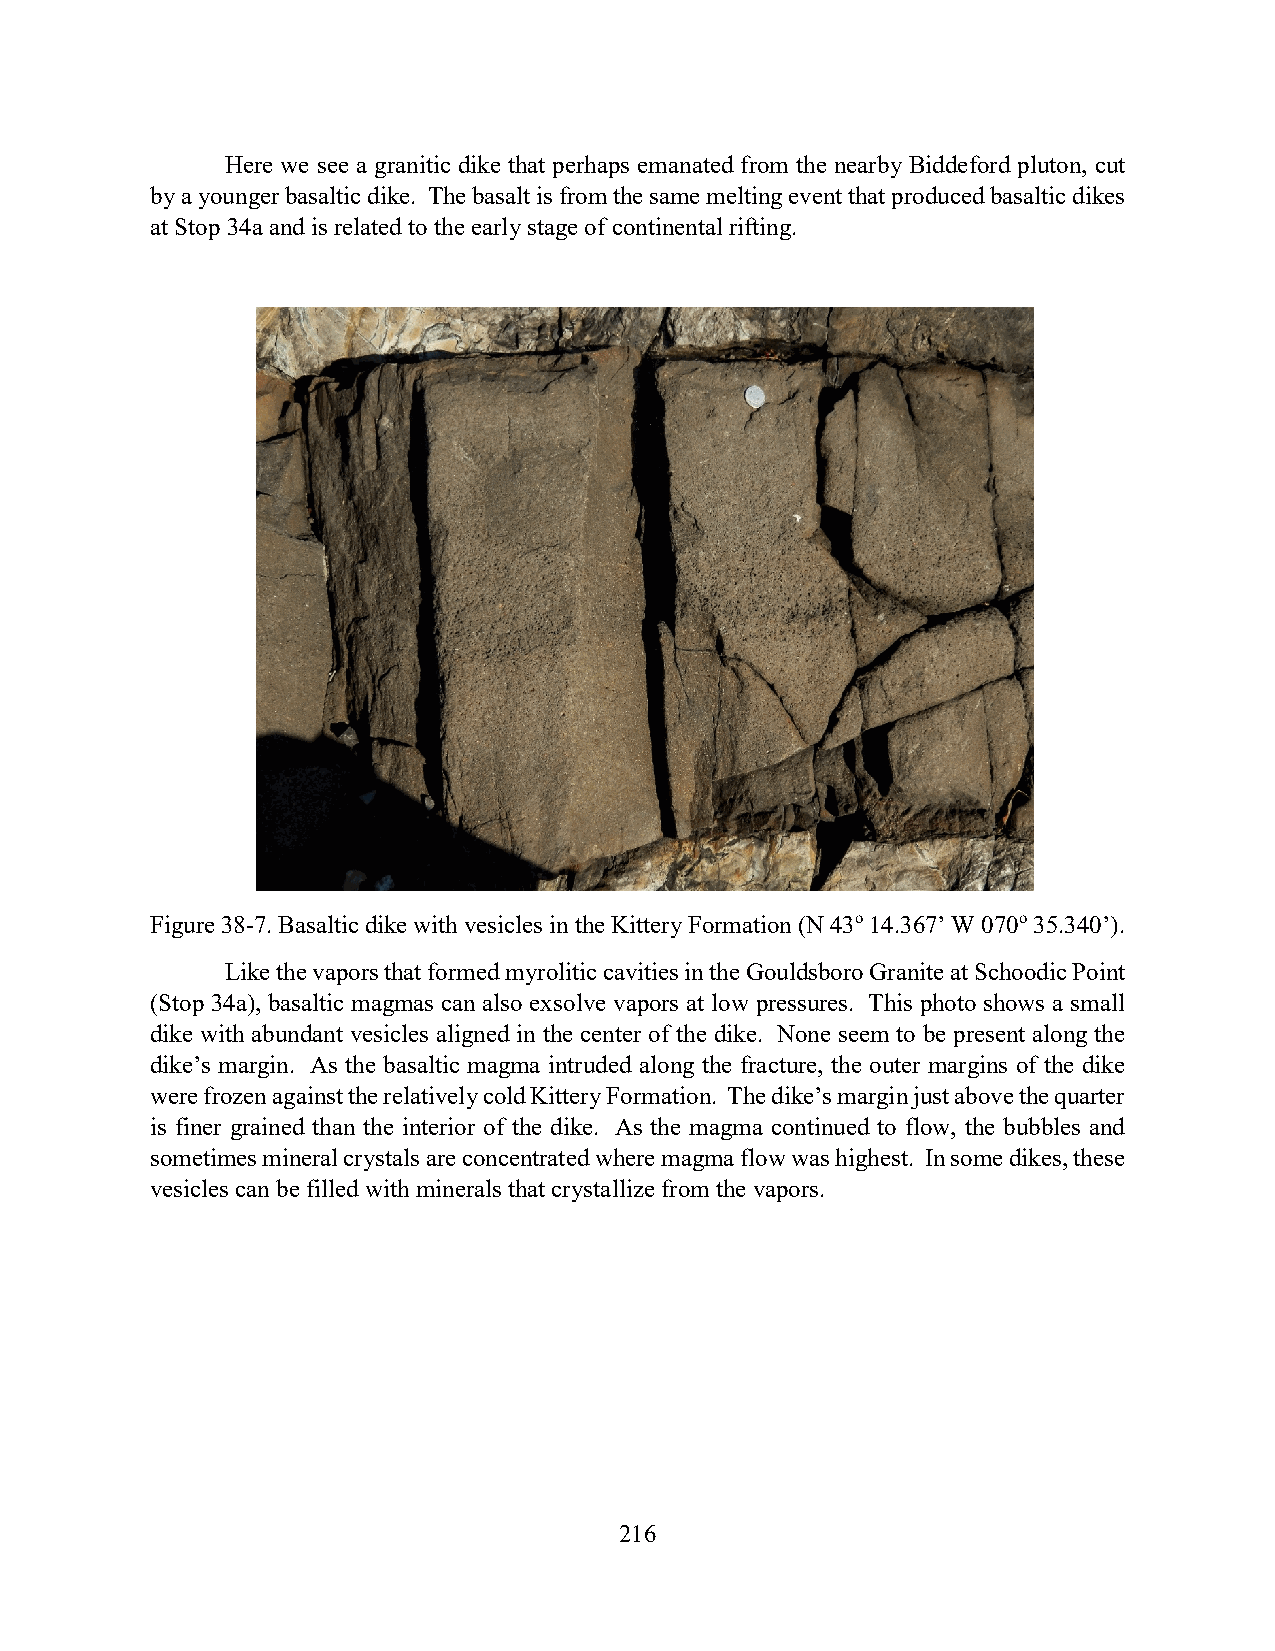
Here we see a granitic dike that perhaps emanated from the nearby Biddeford pluton, cut
 by a younger basaltic dike. The basalt is from the same melting event that produced basaltic dikes
 at Stop 34a and is related to the early stage of continental rifting.
 Figure 38-7. Basaltic dike with vesicles in the Kittery Formation (N 43o 14.367’ W 070o 35.340’).
 Like the vapors that formed myrolitic cavities in the Gouldsboro Granite at Schoodic Point
 (Stop 34a), basaltic magmas can also exsolve vapors at low pressures. This photo shows a small
 dike with abundant vesicles aligned in the center of the dike. None seem to be present along the
 dike’s margin. As the basaltic magma intruded along the fracture, the outer margins of the dike
 were frozen against the relatively cold Kittery Formation. The dike’s margin just above the quarter
 is finer grained than the interior of the dike. As the magma continued to flow, the bubbles and
 sometimes mineral crystals are concentrated where magma flow was highest. In some dikes, these
 vesicles can be filled with minerals that crystallize from the vapors.
 216